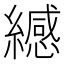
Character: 𫄅